Lunatic asylums Burma 1922-24 - 1922-1924
Year: 1922
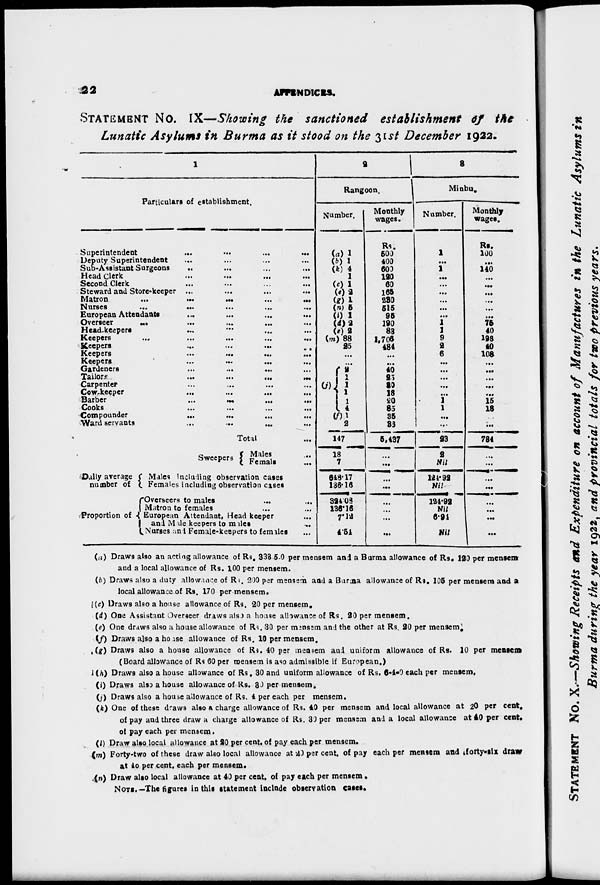
22
APPNDICES.
STATEMENT NO. IX—Showing the sanctioned establishment of the
Lunatic Asylums in Burma as it stood on the 31st December 1922.
1
Particulars of establishment.
Superintendent
...
...
...
...
Deputy Superintendent ... ... ... ...
Sub-Assistant Surgeons ... ... ... ...
Head Clerk
...
...
...
...
Second Clerk ... ... ... ...
Steward and Store-keeper ... ... ... ...
Matron
...
...
...
...
Nurses
...
...
...
...
...
European Attendants ... ... ... ...
Overseer ... ... ... ... ...
Head-keepers ... ... ... ...
Keepers
...
...
...
...
...
Keepers ... ... ... ...
Keepers
...
...
...
...
Keepers
...
...
...
...
Gardeners ... ... ... ...
Tailors
...
...
...
...
Carpenter ... ... ... ...
Cow-keeper
...
...
...
...
Barber
...
...
...
...
Cooks
...
...
...
...
Compounder ... ... ... ...
Ward servants ... ... ... ...
Total ...
2
Rangoon.
Number.
(a) 1
(b) 1
(k) 4
1
(c) 1
(e) 2
(g) 1
(n) 5
(i) 1
(d)2
(e) 2
(m) 88
25
...
...
(j)
9
1
1
1
1
4
(f) 1
2
147
Monthly
wages.
Rs.
500
400
600
120
60
165
230
515
95
190
83
1,706
484
...
...
40
25
30
18
20
85
35
33
5,437
3
Minbu.
Number.
1
...
1
...
...
...
...
...
...
1
1
9
2 6
...
...
...
...
...
1
1
...
...
23
Monthly
wages.
Rs.
100
...
140
...
...
...
...
...
...
75
40
198
40
108
...
...
...
...
...
15
18
...
734
Sweepers
Daily average
number of
Proportion of
Males
...
Femals ...
Males including observation cases
Females including observation cases
Overseers to males ... ...
Matron to females
...
...
European Attendant, Head keeper ...
and Male keepers to males ...
Nurses and Female-keepers to females ...
18
7
648.17
136.16
324.08
136.16
7.12
4 54
...
...
...
...
...
...
...
...
2
Nil
121.92
Nil
124.92
Nil
6.91
Nil
...
...
...
...
...
...
...
...
(a) Draws also an acting allowance of Rs. 333-5-0 per mensem and a Burma allowance of Rs. 120 per mensem
and a local allowance of Rs. 100 per mensem.
(b) Draws also a duty allowance of Rs. 200 per mensem and a Burma allowance of Rs. 105 per mensem and a
local allowance of Rs. 170 per mensem.
(c) Draws also a house allowance of Rs. 20 per mensem.
(d) One Assistant Overseer draws also a house allowance of Rs. 20 per mensem.
(e) One draws also a house allowance of Rs. 30 per mensem and the other at Rs. 20 per mensem.
(f) Draws also a house allowance of Rs. 10 per mensem.
(g) Draws also a house allowance of Rs. 40 per mensem and uniform allowance of Rs. 10 per mensem
(Board allowance of Rs 60 per mensem is aso admissible if European.)
(h) Draws also a house allowance of Rs. 30 and uniform allowance of Rs. 6-4-0 each per mensem,
(i) Draws also a house allowance of Rs. 30 per mensem.
(j) Draws also a house allowance of Rs. 4 per each per mensem.
(k) One of these draws also a charge allowance of Rs. 40 per mensem and local allowance at 20 per cent.
of pay and three draw a charge allowance of Rs. 30 per mensem and a local allowance at 40 per cent.
of pay each per mensem.
(l) Draw also local allowance at 20 per cent. of pay each per mensem.
(m) Forty-two of these draw also local allowance at 20 per cent. of pay each per mensem and forty-six draw
at 40 per cent. each per mensem.
(n) Draw also local allowance at 40 per cent, of pay each per mensem.
NOTE.—The figures in this statement include observation cases.